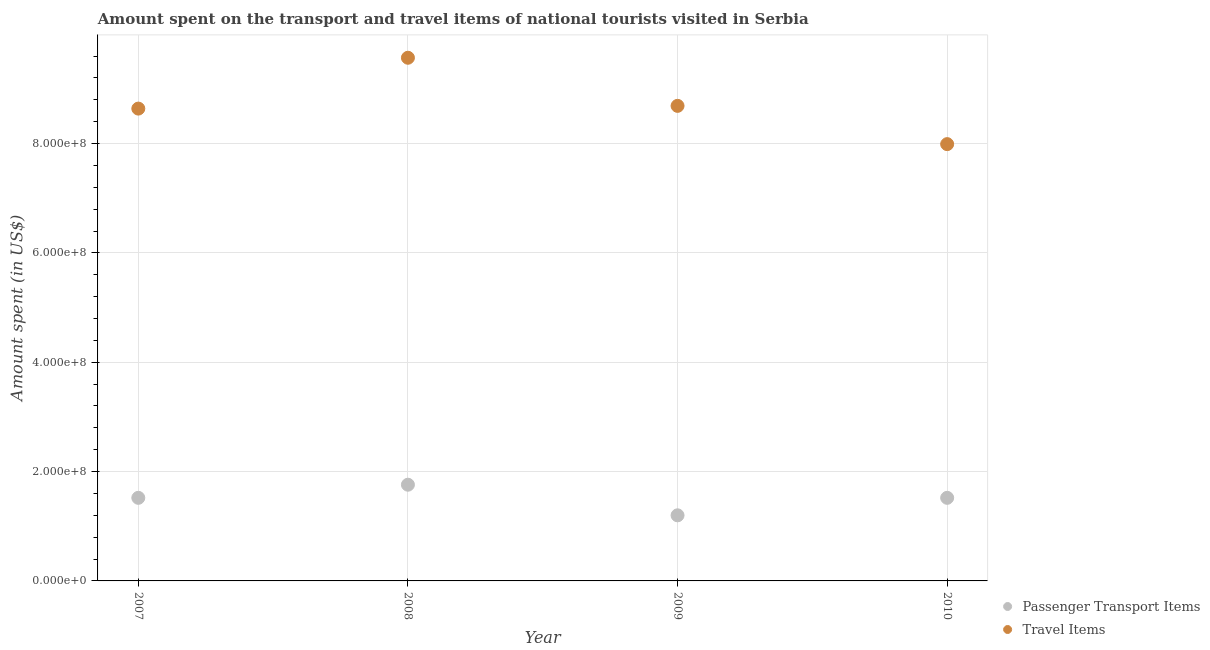
| Year | Passenger Transport Items | Travel Items |
 | --- | --- | --- |
 | 2007 | 1.52e+08 | 8.64e+08 |
 | 2008 | 1.76e+08 | 9.57e+08 |
 | 2009 | 1.2e+08 | 8.69e+08 |
 | 2010 | 1.52e+08 | 7.99e+08 |